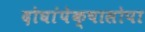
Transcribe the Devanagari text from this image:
दोघांपेक्षासोपा